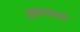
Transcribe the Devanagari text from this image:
आवळ्याची